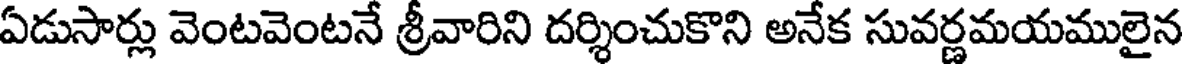
ఏడుసార్లు వెంటవెంటనే శ్రీవారిని దర్శించుకొని అనేక సువర్ణమయములైన